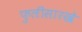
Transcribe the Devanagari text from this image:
फुलीसारखे